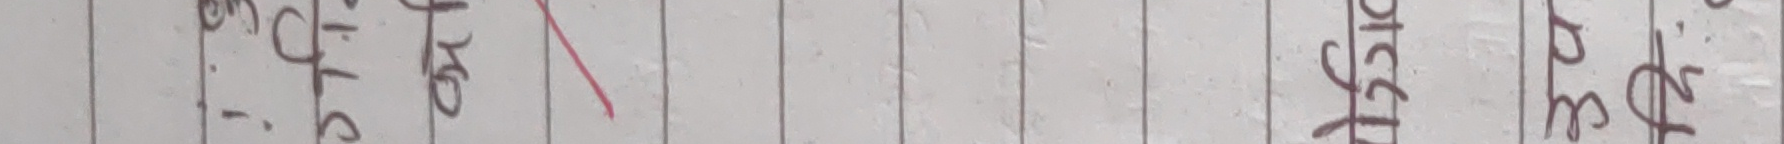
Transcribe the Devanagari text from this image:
S.T.- के हो दिइयो ३४५